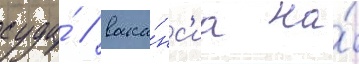
суда́ / вака́нс'иа на́